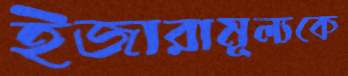
ইজারামূল্যকে